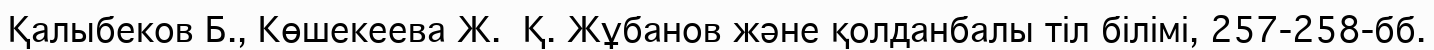
Қалыбеков Б., Көшекеева Ж.  Қ. Жұбанов және қолданбалы тіл білімі, 257-258-бб.